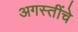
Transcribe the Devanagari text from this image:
अगस्तींचे